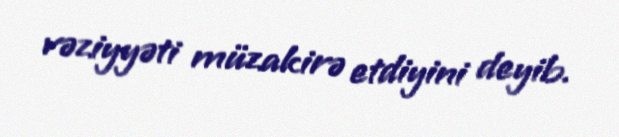
vəziyyəti müzakirə etdiyini deyib.